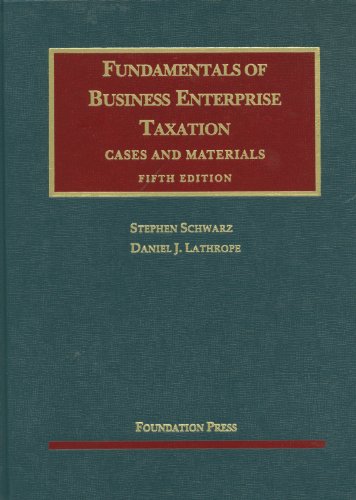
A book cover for Fundamentals of Business Enterprise Taxation, 5th (University Casebook Series); Stephen Schwarz; Law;